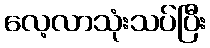
လေ့လာသုံးသပ်ပြီး